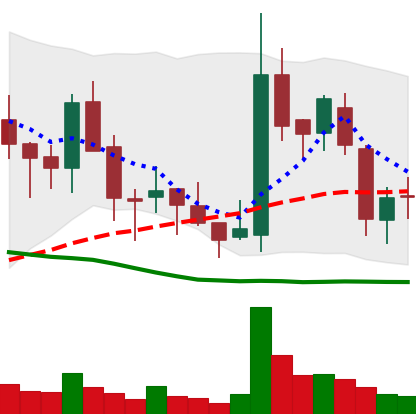
Ticker: BNB-USD
Chart end date: 2018-05-25
Forward return: -3.36%
Label: down_3_5